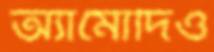
অ্যামোদিও